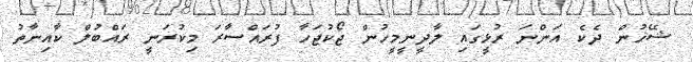
ޝޭޚުން ދެކެ އަންނަ ރުޅީގައި ލާދީނީމީހުން ޖޯކުޖަހާ ފުރައްސާރަ މިކުރަނީ ރައްބުލް ކާއިނާތު